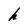
Character: h